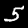
Label: 5